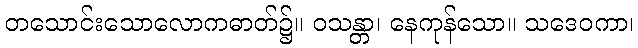
တသောင်းသောလောကဓာတ်၌။ ဝသန္တာ၊ နေကုန်သော။ သဒေဝကာ၊